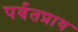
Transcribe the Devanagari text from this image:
पर्वतप्राय